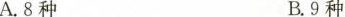
A.8种 B.9种